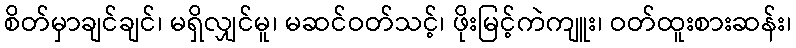
စိတ်မှာချင်ချင်၊ မရှိလျှင်မူ၊ မဆင်ဝတ်သင့်၊ ဖိုးမြင့်ကဲကျူး၊ ဝတ်ထူးစားဆန်း၊